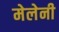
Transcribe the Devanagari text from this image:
मेलेनी